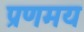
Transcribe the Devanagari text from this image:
प्रणमय